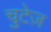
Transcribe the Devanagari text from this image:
चुटेज़